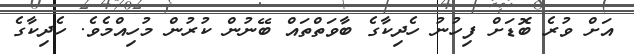
އަށް ވުރެ ބޮޑަށް ފިހުނު ހެދިކާގެ ބާވަތްތައް ބޭނުން ކުރުން މުހިއްމެވެ. ހެދިކާގެ